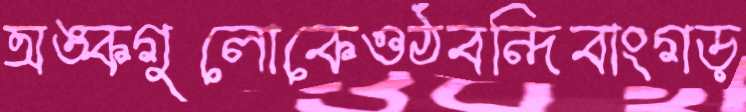
অঙ্কগুলোকেওঠবন্দিবাংগড়